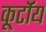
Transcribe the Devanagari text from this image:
कूर्टॉय